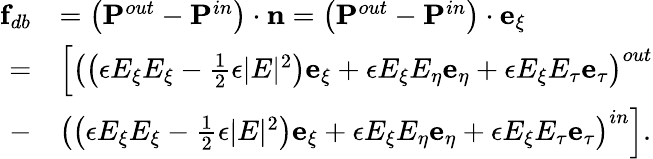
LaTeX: \begin{array}{rl}{\mathbf{f}_{db}}&{=\left(\mathbf{P}^{out}-\mathbf{P}^{in}\right)\cdot\mathbf{n}=\left(\mathbf{P}^{out}-\mathbf{P}^{in}\right)\cdot\mathbf{e}_{\xi}}\\ {=}&{\left[\left(\left(\epsilon E_{\xi}E_{\xi}-\frac{1}{2}\epsilon|E|^{2}\right)\mathbf{e}_{\xi}+\epsilon E_{\xi}E_{\eta}\mathbf{e}_{\eta}+\epsilon E_{\xi}E_{\tau}\mathbf{e}_{\tau}\right)^{out}\right.}\\ {-}&{\left.\left(\left(\epsilon E_{\xi}E_{\xi}-\frac{1}{2}\epsilon|E|^{2}\right)\mathbf{e}_{\xi}+\epsilon E_{\xi}E_{\eta}\mathbf{e}_{\eta}+\epsilon E_{\xi}E_{\tau}\mathbf{e}_{\tau}\right)^{in}\right].}\end{array}